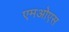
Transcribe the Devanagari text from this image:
एमओएस